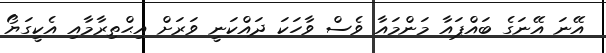
އޭނަ އޭނަގެ ބައްޕައާ މަންމައާ ވެސް ވާހަކަ ދައްކަނީ ވަރަށް އިޙްތިރާމާއި އެކީގަޔޯ